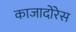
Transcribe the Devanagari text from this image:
काजादोरेस